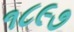
૧૮૯૭